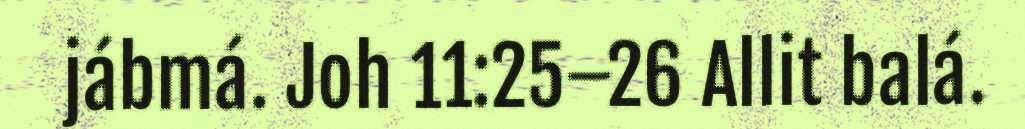
jábmá. Joh 11:25–26 Allit balá.